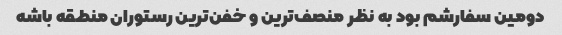
دومین سفارشم بود به نظر منصف‌ترین و خفن‌ترین رستوران منطقه باشه